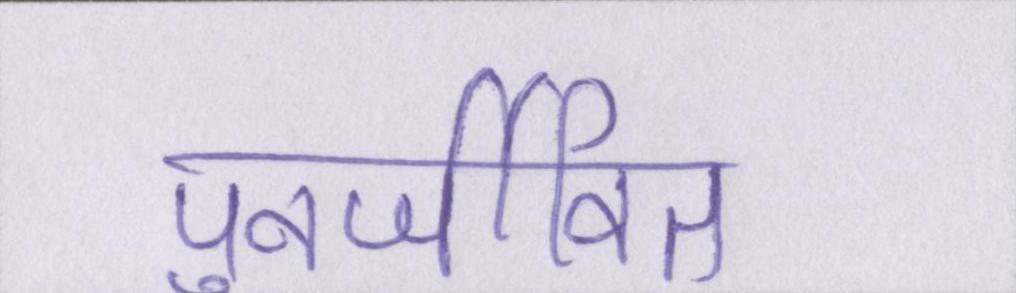
पुनर्जीवित